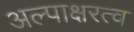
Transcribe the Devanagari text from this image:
अल्पाक्षरत्व